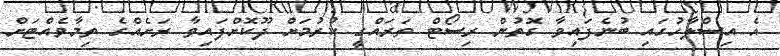
އެ އިސްލާހުގައި ބުނެފައިވާ ގޮތުން ރިސޯޓް ތަރައްގީ ކުރުމަށް ދޫކޮށްފައިވާ ރަށެއްގެ ތިމާވެއްޓަށް